Medical and sanitary report on the native army of Bombay for the year
Year: 1877
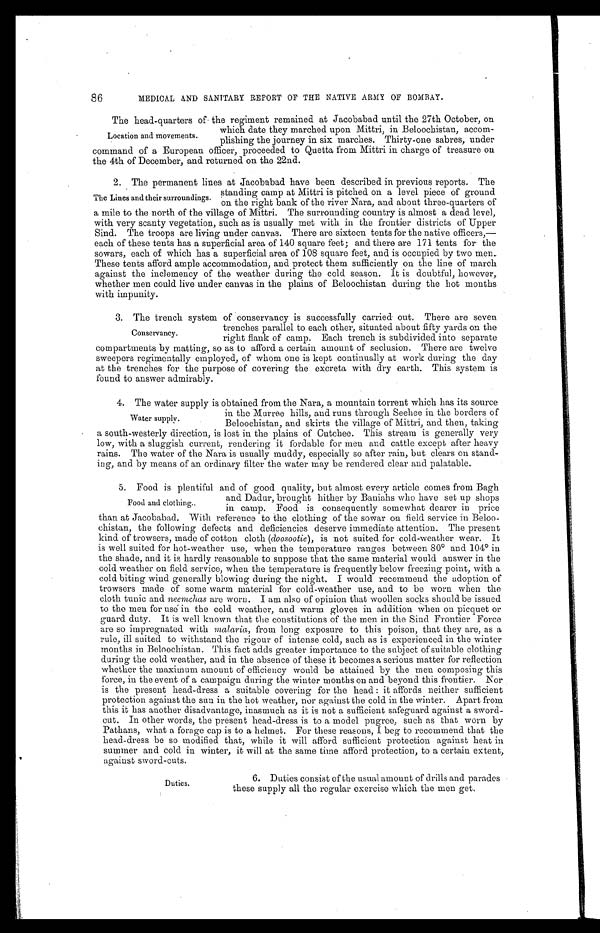
86
MEDICAL AND SANITARY REPORT OF THE NATIVE ARMY OF BOMBAY.
The head-quarters of the regiment remained at Jacobabad until the 27th October, on
which date they marched upon Mittri, in Beloochistan, accom
-
plishing the journey in six marches. Thirty-one sabres, under
command of a European officer, proceeded to Quetta from Mittri in charge of treasure on
the 4th of December, and returned on the 22nd.
2. The permanent lines at Jacobabad have been described in previous reports. The
standing camp at Mittri is pitched on a level piece of ground
on the right bank of the river Nara, and about three-quarters of
a mile to the north of the village of Mittri. The surrounding country is almost a dead level,
with very scanty vegetation, such as is usually met with in the frontier districts of Upper
Sind. The troops are living under canvas. There are sixteen tents for the native officers,—
each of these tents has a superficial area of 140 square feet; and there are 171 tents for the
sowars, each of which has a superficial area of 108 square feet, and is occupied by two men.
These tents afford ample accommodation, and protect them sufficiently on the line of march
against the inclemency of the weather during the cold season. It is doubtful, however,.
whether men could live under canvas in the plains of Beloochistan during the hot mouths
with impunity.
3. The trench system of conservancy is successfully carried out. There are seven
trenches parallel to each other, situated about fifty yards on the
right flank of camp. Each trench is subdivided into separate
compartments by matting, so as to afford a certain amount of seclusion. There are twelve
sweepers regimentally employed, of whom one is kept continually at work during the day
at the trenches for the purpose of covering the excreta with dry earth. This system is
found to answer admirably.
4. The water supply is obtained from the Nara, a mountain torrent which has its source
in the Murree hills, and runs through Seehee in the borders of
Beloochistan, and skirts the village of Mittri, and then, taking
a south-westerly direction, is lost in the plains of Outchee. This stream is generally very
low, with a sluggish current, rendering it fordable for men and cattle except after heavy
rains. The water of the Nara is usually muddy, especially so after rain, but clears on stand
-
ing, and by means of an ordinary filter the water may be rendered clear and palatable.
5. Food is plentiful and of good quality, but almost every article comes from Bagh
and Dadur, brought hither by Baniahs who have set up shops
in camp. Food is consequently somewhat dearer in price
than at Jacobabad. With reference to the clothing of the sowar on field service in Beloo
-
chistan, the following defects and deficiencies deserve immediate attention. The present
kind of trowsers, made of cotton cloth (doosootie), is not suited for cold-weather wear. It
is well suited for hot-weather use, when the temperature ranges between 80° and 104° in
the shade, and it is hardly reasonable to suppose that the same material would answer in the
cold weather on field service, when the temperature is frequently below freezing point, with a
cold biting wind generally blowing during the night. I would recommend the adoption of
trowsers made of some warm material for cold-weather use, and to be worn when the
cloth tunic and neemchas are worn. I am also of opinion that woollen socks should be issued
to the men for usé in the cold weather, and warm gloves in addition When on picquet or
guard duty. It is well known that the constitutions of the men in the Sind Frontier Force
are so impregnated with malaria, from long exposure to this poison, that they are, as a
rule, ill suited to withstand the rigour of intense cold, such as is experienced in the winter
months in Beloochistan. This fact adds greater importance to the subject of suitable clothing
during the cold weather, and in the absence of these it becomes a serious matter for reflection
whether the maximum amount of efficiency would be attained by the men composing this
force, in the event of a campaign during the winter months on and beyond this frontier. Nor
is the present head-dress a suitable covering for the head : it affords neither sufficient
protection against the sun in the hot weather, nor against the cold in the winter. Apart from
this it has another disadvantage, inasmuch as it is not a sufficient safeguard against a sword
-
cut. In other words, the present head-dress is to a model pugree, such as that worn by
Pathans, what a forage cap is to a helmet. For these reasons, I beg to recommend that the
head-dress be so modified that, while it will afford sufficient protection against heat in
summer and cold in winter, it will at the same time afford protection, to a certain extent,
against sword-cuts.
Location and movements.
The Lines and their surroundings.
Conservancy.
Water supply.
Food and clothing.
Duties.
6. Duties consist of the usual amount of drills and parades
these supply all the regular exercise which the men get.